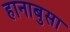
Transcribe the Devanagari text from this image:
हानाबुसा